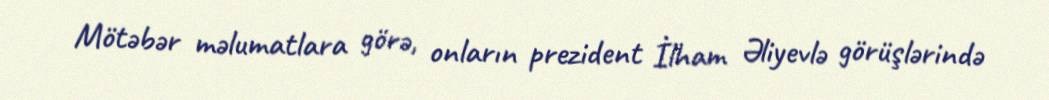
Mötəbər məlumatlara görə, onların prezident İlham Əliyevlə görüşlərində